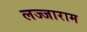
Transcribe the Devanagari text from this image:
लज्जाराम